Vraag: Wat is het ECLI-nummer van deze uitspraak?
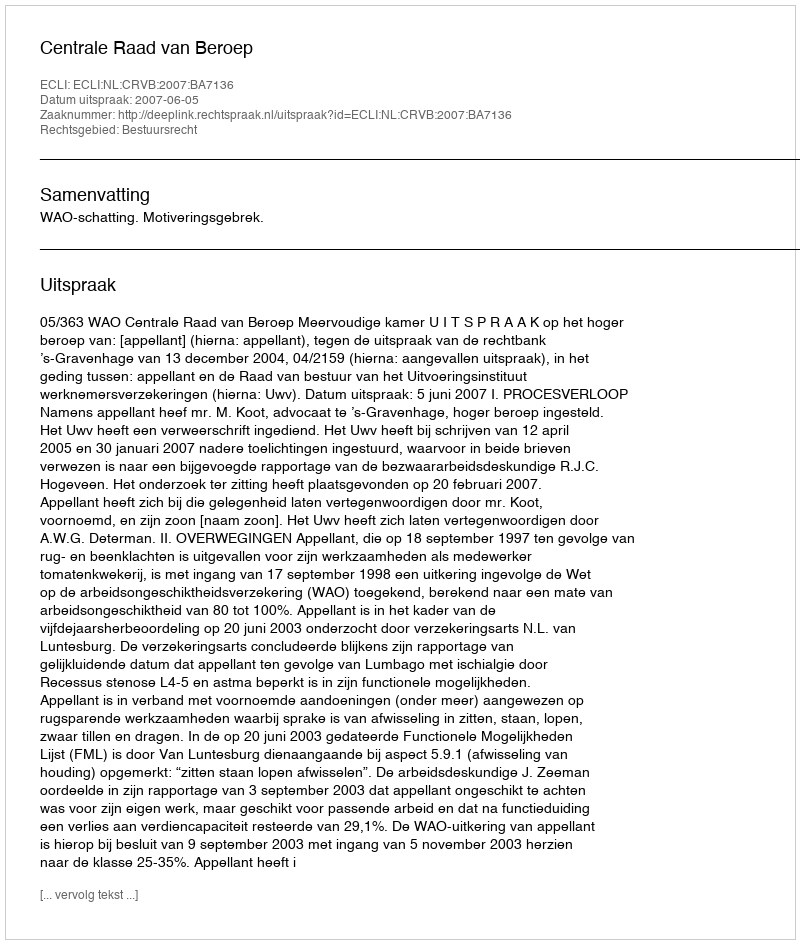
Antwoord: ECLI:NL:CRVB:2007:BA7136